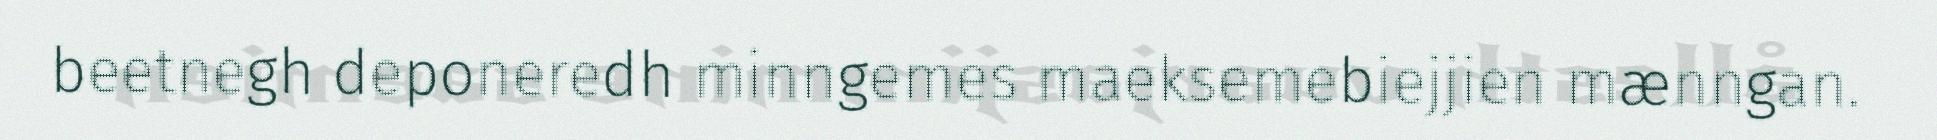
beetnegh deponeredh minngemes maeksemebiejjien mænngan.